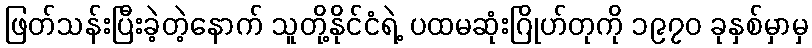
ဖြတ်သန်းပြီးခဲ့တဲ့နောက် သူတို့နိုင်ငံရဲ့ ပထမဆုံးဂြိုဟ်တုကို ၁၉၇၀ ခုနှစ်မှာမှ